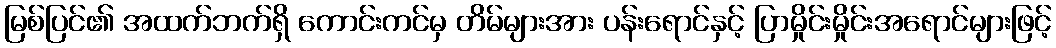
မြစ်ပြင်၏ အထက်ဘက်ရှိ ကောင်းကင်မှ တိမ်များအား ပန်းရောင်နှင့် ပြာမှိုင်းမှိုင်းအရောင်များဖြင့်